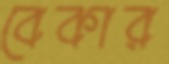
বেকার